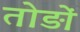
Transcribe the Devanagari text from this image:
तोड़ों